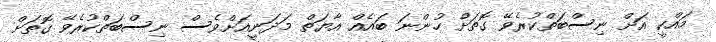
މައްކީ އަށް ނިސްބަތްކުރެވޭ ގޮތަށް ހުންނަ ބައެއް އާޔަތް މަދަނީއަށްވެސް ނިސްބަތްކުރެވޭ ގޮތަށް